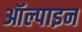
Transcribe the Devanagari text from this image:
ऑल्पाइन